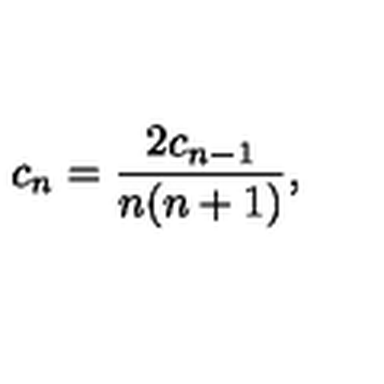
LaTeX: c _ { n } = { \frac { 2 c _ { n - 1 } } { n ( n + 1 ) } } ,